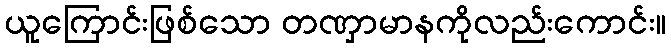
ယူကြောင်းဖြစ်သော တဏှာမာနကိုလည်းကောင်း။